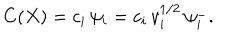
C ( X ) = c _ { i } ^ { } \, \psi _ { i } ^ { } = c _ { i } ^ { } \, v _ { i } ^ { 1 / 2 } \, \psi _ { i } ^ { - } .